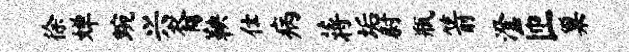
徐婵蜿兴裔鞅仕病蒋垢尉瓶箭澄匝巢